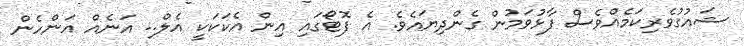
ޝައުގުވެރިކަމެއްވެސް ފާޅުވަމުން ގެންދިޔައެވެ. އެ ފޮޓޯގައި އިން އެކަކަކީ އެލް.. އަނެއް އަންހެން